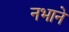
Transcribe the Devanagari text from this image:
नभाने